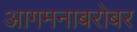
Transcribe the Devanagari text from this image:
आगमनाबरोबर